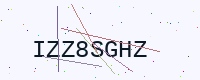
Text: IZZ8SGHZ